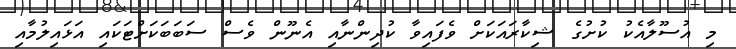
މި އުސޫލާއެކު ކުށުގެ ޝިކާރައަކަށް ވެފައިވާ ކުދިންނާއި އެނޫން ވެސް ސަބަބަކަށްޓަކައި އަޅައިލުމާއި